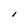
Character: I